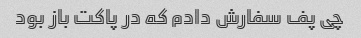
چی پف سفارش دادم که در پاکت باز بود